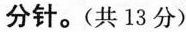
分针。(共13分)